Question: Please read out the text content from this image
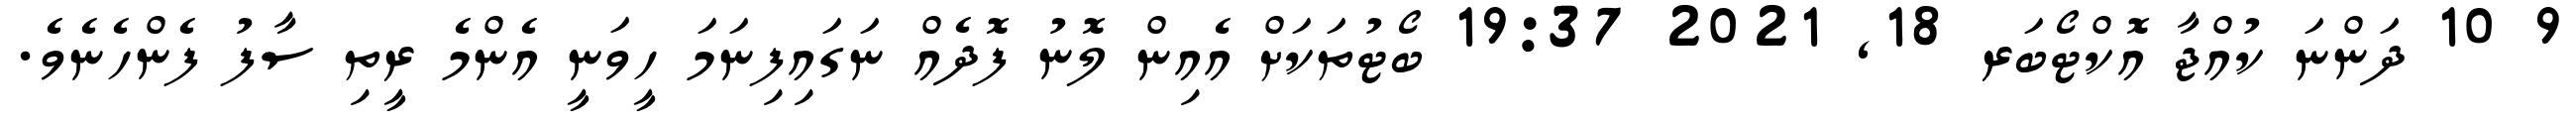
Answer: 9 10 ދަންނަ ކުއްޖާ އޮކްޓޯބަރ 18, 2021 19:37 ބޯޓުތަކަށް އެއިން ލޮނު ފޮދެއް ނަގައިފިނަމަ ހީވަނީ އެންމެ ރީތި ސާފު ފެންހެނެވެ.